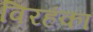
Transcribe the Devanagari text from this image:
विरहंका